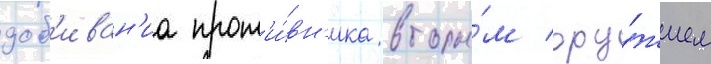
доб'иван'иа прот'и́вн'ика вторы́м ору́жием